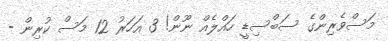
މަސްވެރިންގެ ސަބްސިޑީ ހައްލެއް ނޫން! 3 އަހަރު 12 މަސް ކުރިން -